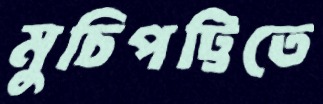
মুচিপট্টিতে